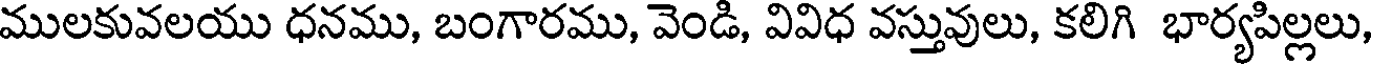
ములకువలయు ధనము, బంగారము, వెండి, వివిధ వస్తువులు, కలిగి భార్యపిల్లలు,